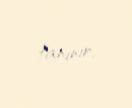
tanınır.